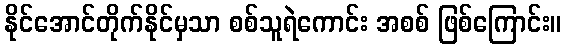
နိုင်အောင်တိုက်နိုင်မှသာ စစ်သူရဲကောင်း အစစ် ဖြစ်ကြောင်း။